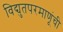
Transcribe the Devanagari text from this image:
विद्युतपरमाणूंची